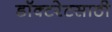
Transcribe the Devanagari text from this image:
डॉक्टरेटसाठी